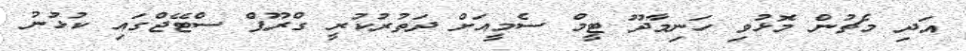
އަދި މެޗުން މޮޅުވި ހަނިމާދޫ ޓީމް ސެމީއަށް ދަތުރުކުރީ ގްރޫޕް ސްޓޭޖްގައި ކުޅުނު